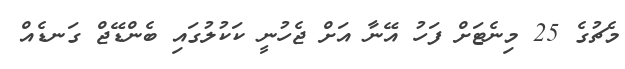
މެޗުގެ 25 މިނެޓަށް ފަހު އޭނާ އަށް ޖެހުނީ ކަކުލުގައި ބެންޑޭޖް ގަނޑެއް